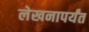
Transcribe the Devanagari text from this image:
लेखनापर्यंत